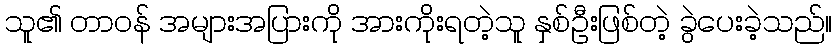
သူ၏ တာဝန် အများအပြားကို အားကိုးရတဲ့သူ နှစ်ဦးဖြစ်တဲ့ ခွဲပေးခဲ့သည်။